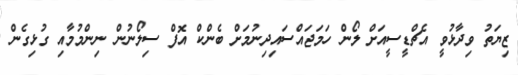
ޒިޔަތު ވިދާޅުވީ އެޗްޑީސީއަށް ލޯން ހަމަޖައްސައިދިނުމަށް ބެންކް އޮފް ސިލޯނުން ނިންމުމާއި ގުޅިގެން